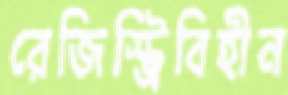
রেজিস্ট্রিবিহীন